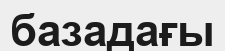
базадағы